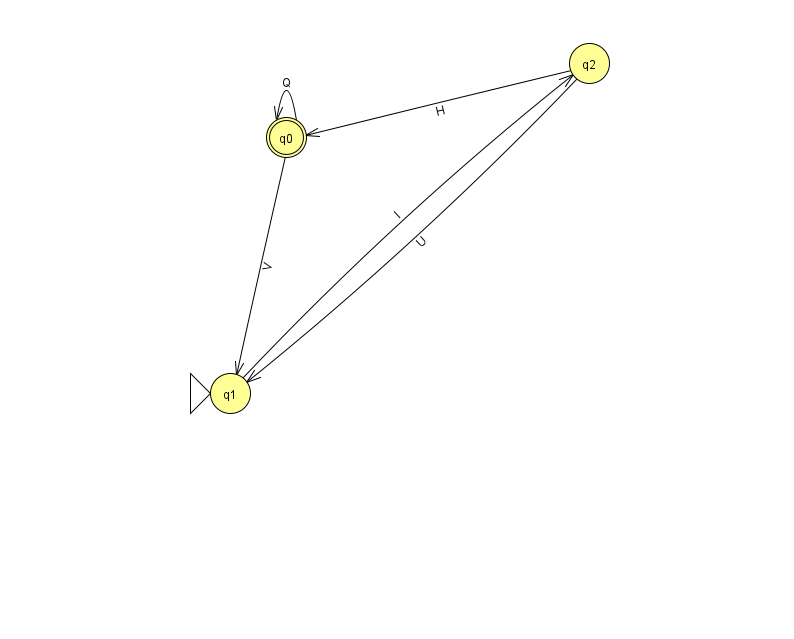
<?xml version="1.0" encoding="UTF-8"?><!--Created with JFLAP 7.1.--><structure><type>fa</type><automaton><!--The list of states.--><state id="0" name="q0"><x>286.0</x><y>124.0</y><final/></state><state id="1" name="q1"><x>230.0</x><y>380.0</y><initial/></state><state id="2" name="q2"><x>589.0</x><y>50.0</y></state><!--The list of transitions.--><transition><from>0</from><to>0</to><read>Q</read></transition><transition><from>2</from><to>1</to><read>U</read></transition><transition><from>2</from><to>0</to><read>H</read></transition><transition><from>0</from><to>1</to><read>V</read></transition><transition><from>1</from><to>2</to><read>I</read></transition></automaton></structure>